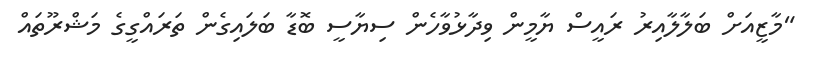
"މާޒީއަށް ބަލާލާއިރު ރައީސް ޔާމީން ވިދާޅުވާހެން ސިޔާސީ ބޮޑާ ބަލައިގެން ތަރައްގީގެ މަޝްރޫތައް